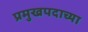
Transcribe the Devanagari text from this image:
प्रमुखपदाच्या